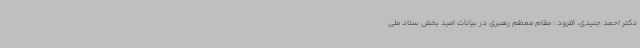
دکتر احمد جنیدی، افزود : مقام معظم رهبری در بیانات امید بخش ستاد ملی